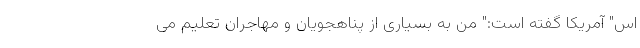
اس" آمریکا گفته است:" من به بسیاری از پناهجویان و مهاجران تعلیم می